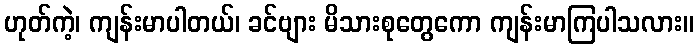
ဟုတ်ကဲ့၊ ကျန်းမာပါတယ်၊ ခင်ဗျား မိသားစုတွေကော ကျန်းမာကြပါသလား။